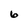
Character: 6